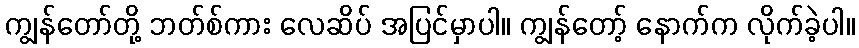
ကျွန်တော်တို့ ဘတ်စ်ကား လေဆိပ် အပြင်မှာပါ။ ကျွန်တော့် နောက်က လိုက်ခဲ့ပါ။